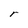
Character: r